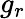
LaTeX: g_{r}